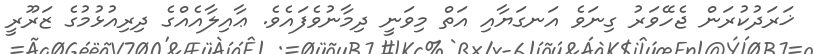
ޚަރަދުކުރަން ޖެހޭވަރު ގިނަވެ އަނގަޔާއި އަތް މިވަނީ ދިމާނުވެފައެވެ. ޢާއިލާއެއްގެ ދިރިއުޅުމުގެ ޒަރޫރީ